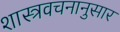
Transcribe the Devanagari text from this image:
शास्त्रवचनानुसार